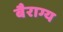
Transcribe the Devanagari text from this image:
बैराग्य